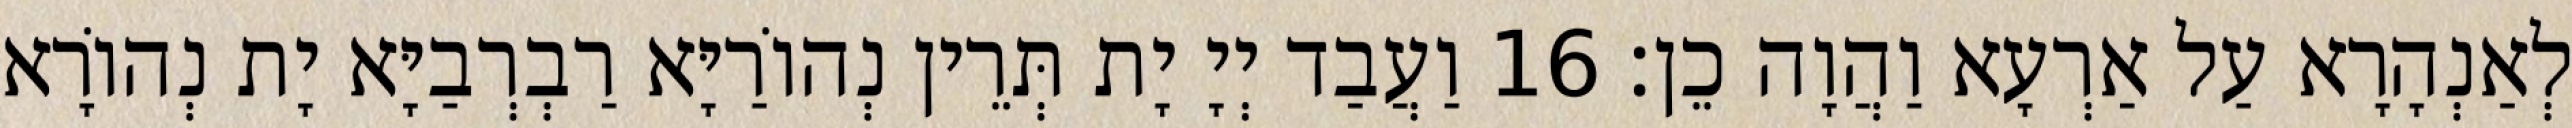
לְאַנְהָרָא עַל אַרְעָא וַהֲוָה כֵן׃ 16 וַעֲבַד יְיָ יָת תְּרֵין נְהוֹרַיָּא רַבְרְבַיָּא יָת נְהוֹרָא